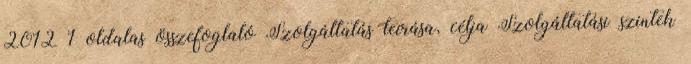
2012 1 oldalas összefoglaló Szolgáltatás leírása, célja Szolgáltatási szintek